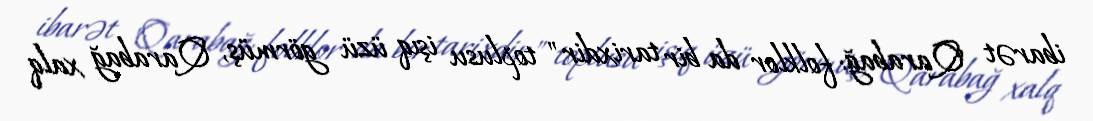
ibarət "Qarabağ: folklor da bir tarixdir" toplusu işıq üzü görmüş, Qarabağ xalq